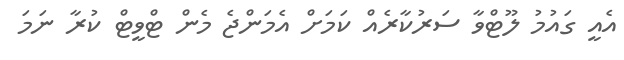
އެއީ ގައުމު ލޫޓްވާ ސަރުކާރެއް ކަމަށް އެމަންޖެ މެން ޓްވީޓް ކުރާ ނަމަ